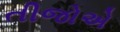
તીજોએ